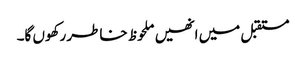
مستقبل میں انھیں ملحوظ خاطر رکھوں گا۔